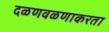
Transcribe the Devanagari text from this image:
दळणवळणाकरता